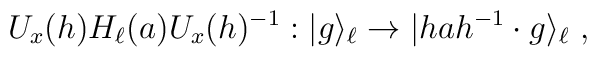
U_x(h)H_\ell(a)U_x(h)^{-1}:|g\rangle_\ell\to |hah^{-1}\cdot g\rangle_\ell~,